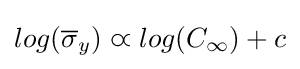
log({\overline {\sigma }}_{y})\varpropto log(C_{\infty })+c